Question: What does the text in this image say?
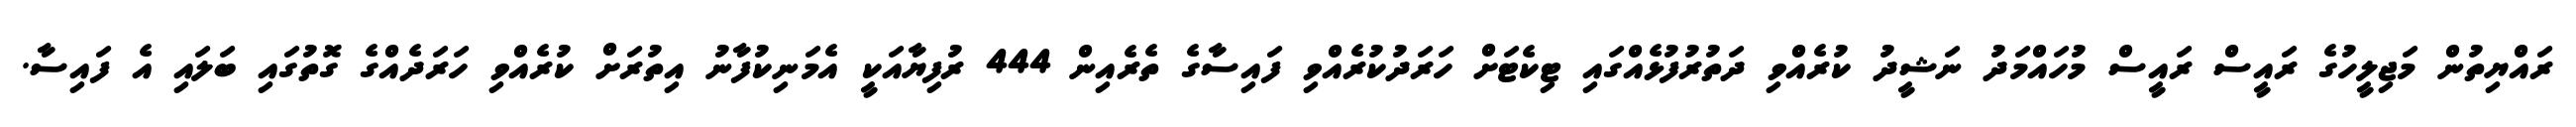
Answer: ރައްޔިތުން މަޖިލީހުގެ ރައީސް ރައީސް މުހައްމަދު ނަޝީދު ކުރެއްވި ދަތުރުފުޅެއްގައި ޓިކެޓަށް ހަރަދުކުރެއްވި ފައިސާގެ ތެރެއިން 444 ރުފިޔާއަކީ އެމަނިކުފާނު އިތުރަށް ކުރެއްވި ހަރަދެއްގެ ގޮތުގައި ބަލައި އެ ފައިސާ.